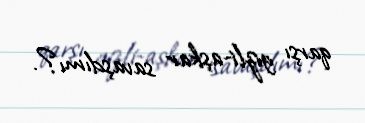
qarşı gizli-aşkar savaşdımı?.